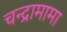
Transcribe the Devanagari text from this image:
चन्द्रामामा